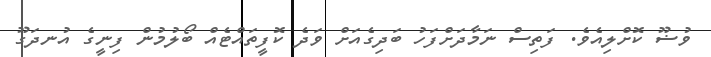
ވުޟޫ ކޮށްލިއެވެ. ފަތިސް ނަމާދަށްފަހު ބަދިގެއަށް ވަދެ ކޮފީތައްޓެއް ބޯލުމުން ފިނީގެ އުނދަގޫ